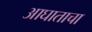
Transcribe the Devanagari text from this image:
आघाताचा